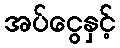
အပ်ငွေနှင့်